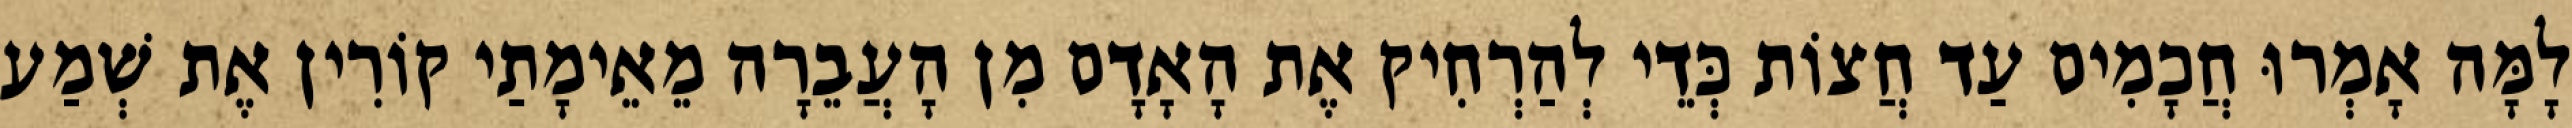
לָמָּה אָמְרוּ חֲכָמִים עַד חֲצוֹת כְּדֵי לְהַרְחִיק אֶת הָאָדָם מִן הָעֲבֵרָה מֵאֵימָתַי קוֹרִין אֶת שְׁמַע